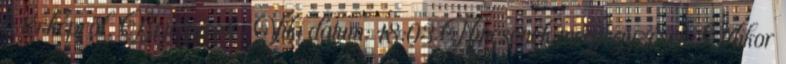
a térképről. Bejegyezte: Viki dátum: 18:03 Nincsenek megjegyzések: Mikor